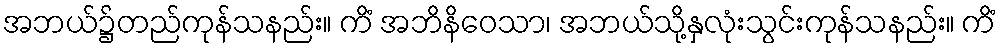
အဘယ်၌တည်ကုန်သနည်း။ ကိံ အဘိနိဝေသာ၊ အဘယ်သို့နှလုံးသွင်းကုန်သနည်း။ ကိံ